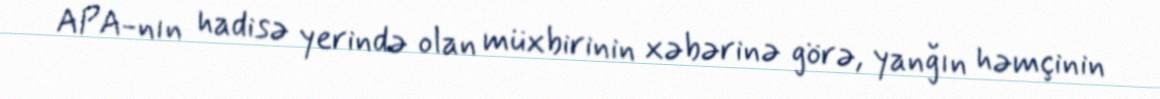
APA-nın hadisə yerində olan müxbirinin xəbərinə görə, yanğın həmçinin